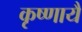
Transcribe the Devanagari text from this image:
कृष्णायै